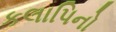
કલાપિનો